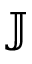
\mathbb { J }